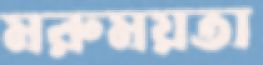
মরুময়তা